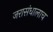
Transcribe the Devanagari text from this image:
जरासंधालाच